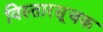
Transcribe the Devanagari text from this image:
विस्तारसूचक